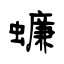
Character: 蠊